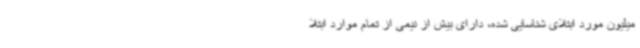
میلیون مورد ابتلای شناسایی شده، دارای بیش از نیمی از تمام موارد ابتلا